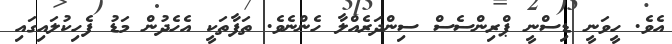
އެވެ. ހީވަނީ ޑިސްނީ ޕްރިންސެސް ސިންދަރެއްލާ ހެންނެވެ. ތަފާތަކީ އެހެދުން މަޑު ފެހިކުލައިގައި